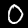
Digit: 0